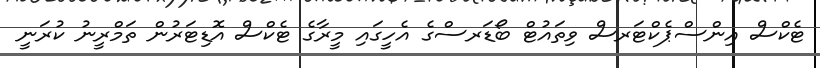
ޓެކްސް އިންސްޕެކްޓަރސް ވިތައުޓް ބޯޑަރސްގެ އެހީގައި މީރާގެ ޓެކްސް އޮޑިޓަރުން ތަމްރީނު ކުރަނީ